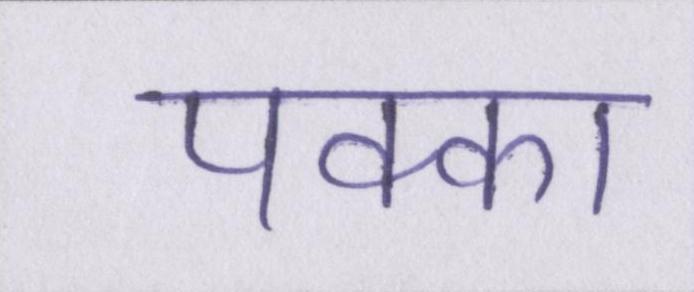
पक्का